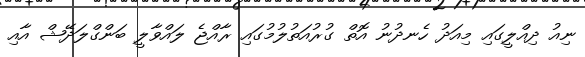
ނިއު ދިއްލީގައި މިއަދު ހެނދުނު އޮތް ގުރުއަތުލުމުގައި ރާއްޖެ ލައްވާލީ ބަންގްލަދޭޝް އާއި